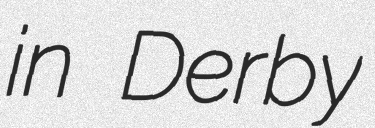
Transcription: in Derby